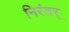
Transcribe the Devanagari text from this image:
निरंतर्